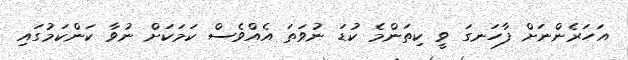
އަހަރެންނަށް ފާހަނގަ ވީ ކިތަންމެ ކުޑަ ނުވަތަ އެއްވެސް ކަމަކަށް ނުވާ ކަންކަމުގައި